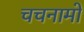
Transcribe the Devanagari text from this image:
चचनामो